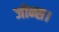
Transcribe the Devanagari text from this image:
जोन्स।